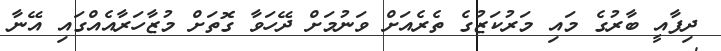
ދިފާއީ ބާރުގެ މައި މަރުކަޒުގެ ތެރެއަށް ވަނުމަށް ދޭހަވާ ގޮތަށް މުޒާހަރާއެއްގައި އޭނާ